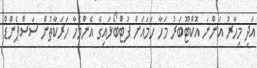
އަދި މިހާރު އަންނަ އޮކްޓޫބަރު މަހާ ހަމައަށް ފުޓްބޯޅައިގެ އެންމެހާ ހަރަކާތުން ސަސްޕެންޑް